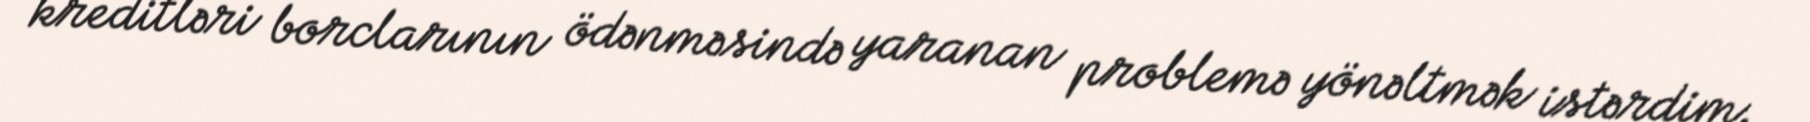
kreditləri borclarının ödənməsində yaranan problemə yönəltmək istərdim.